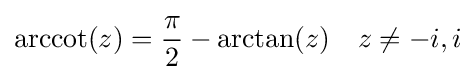
\operatorname {arccot} (z)={\frac {\pi }{2}}-\arctan(z)\quad z\neq -i,i